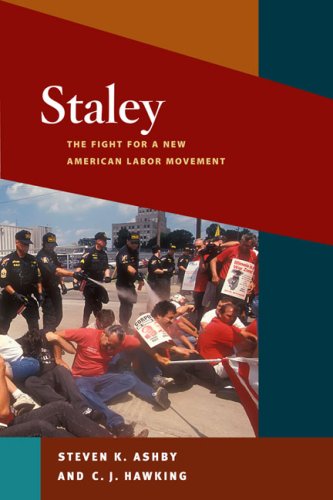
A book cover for Staley: The Fight for a New American Labor Movement (Working Class in American History); Steven K. Ashby; Business & Money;